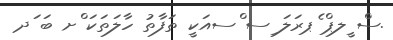
.ސް ީލޕް ެޕރަލަ ިސ ްސއަކީ ތަފާތު ހާލަތަކަ ްށ ބަ ަދ